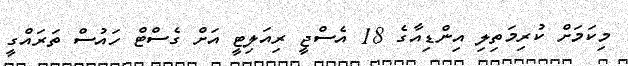
މިކަމަށް ކުރިމަތިލި އިންޑިއާގެ 18 އެސްޖީ ރިއަލިޓީ އަށް ގެސްޓް ހައުސް ތަރައްގީ